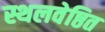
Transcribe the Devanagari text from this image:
स्थलवेष्ठित